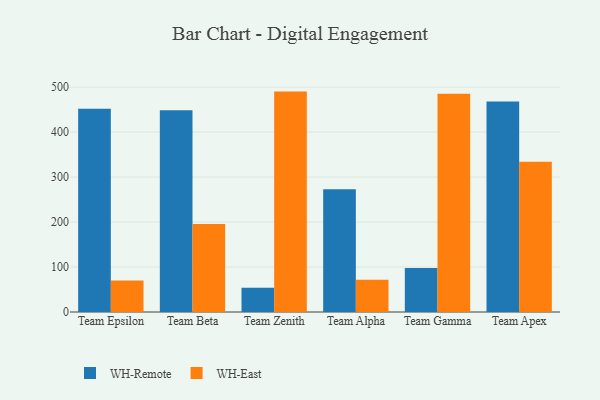
{"axis": {"x": "Team", "y": "Waste Production (Tons)"}, "legend": ["WH-East", "WH-Remote"], "data": [{"x": "Team Epsilon", "y": 451.8, "type": "WH-Remote"}, {"x": "Team Epsilon", "y": 70.0, "type": "WH-East"}, {"x": "Team Beta", "y": 448.5, "type": "WH-Remote"}, {"x": "Team Beta", "y": 195.5, "type": "WH-East"}, {"x": "Team Zenith", "y": 53.8, "type": "WH-Remote"}, {"x": "Team Zenith", "y": 490.0, "type": "WH-East"}, {"x": "Team Alpha", "y": 273.1, "type": "WH-Remote"}, {"x": "Team Alpha", "y": 71.5, "type": "WH-East"}, {"x": "Team Gamma", "y": 97.6, "type": "WH-Remote"}, {"x": "Team Gamma", "y": 485.3, "type": "WH-East"}, {"x": "Team Apex", "y": 467.8, "type": "WH-Remote"}, {"x": "Team Apex", "y": 334.0, "type": "WH-East"}]}